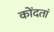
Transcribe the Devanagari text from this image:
कोंदतां